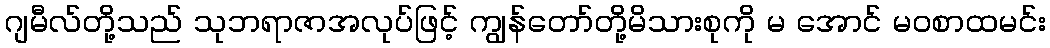
ဂျမီလ်တို့သည် သုဘရာဇာအလုပ်ဖြင့် ကျွန်တော်တို့မိသားစုကို မ အောင် မဝစာထမင်း